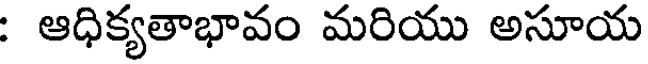
: ఆధిక్యతాభావం మరియు అసూయ